Assam Mental Hospital (Tezpur, India) - 1933-1948
Year: 1933
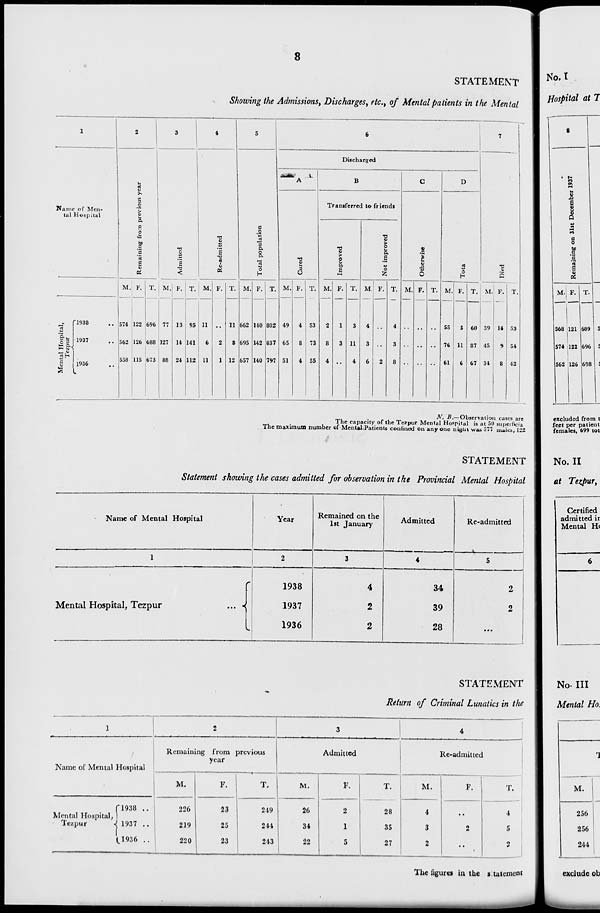
8
STATEMENT
Showing the Admissions, Discharges, etc., of Mental patients in the Mental
1
Name of Men-
tal Hospital
Mental Hospital,
Tezpur
1938 ..
1937 ..
1936 ..
2
Remaining from previous year
M.
574
562
558
F.
122
126
115
T.
696
688
673
3
Admitted
M.
77
127
88
F.
13
14
24
T.
95
141
112
4
Re-admitted
M.
11
6
11
F.
..
2
1
T.
11
8
12
5
Total population
M.
662
695
657
F.
140
142
140
T.
802
837
797
6
Discharged
A
Cured
M.
49
65
51
F.
4
8
4
T.
53
73
55
B
Transferred to friends
Improved
M.
2
8
4
F.
1
3
..
T.
3
11
4
Not improved
M.
4
3
6
F.
..
..
2
T.
4
3
8
C
Otherwise
M.
..
..
..
F.
..
..
..
T.
..
..
..
D
Total
M.
55
76
61
F.
5
11
6
T.
60
87
67
7
Died
M.
39
45
34
F.
14
9
8
T.
53
54
42
N. B.—Observation cases are
The capacity of the Tezpur Mental Hospital is at 50 superficial
The maximum number of Mental Patients confined on any one night was 377 males,122
STATEMENT
Statement showing the cases admitted for observation in the Provincial Mental Hospital
Name of Mental Hospital
1
Mental Hospital, Tezpur
...
Year
2
1938
1937
1936
Remained on the
1st January
3
4
2
2
Admitted
4
34
39
28
Re-admitted
5
2
2
...
STATEMENT
Return of Criminal Lunatics in the
1
Name of Mental Hospital
Mental Hospital,
Tezpur
1938 ..
1937 ..
1936 ..
2
Remaining from previous
year
M.
226
219
220
F.
23
25
23
T.
249
244
243
3
Admitted
M.
26
34
22
F.
2
1
5
T.
28
35
27
4
Re-admitted
M.
4
3
2
F.
..
2
..
T.
4
5
2
The figures in the statement